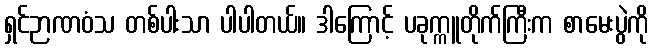
ရှင်ဉာဏဝံသ တစ်ပါးသာ ပါပါတယ်။ ဒါကြောင့် ပခုက္ကူတိုက်ကြီးက စာမေးပွဲကို